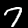
Label: 7